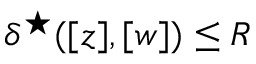
{ \delta ^ { \star } ( [ z ] , [ w ] ) \leq R }